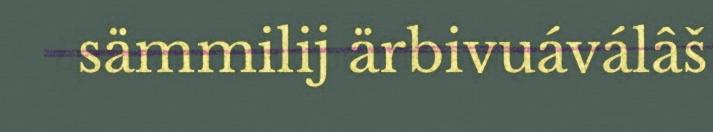
sämmilij ärbivuáválâš